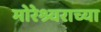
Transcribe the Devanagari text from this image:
मोरेश्र्वराच्या